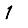
Digit: 1